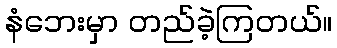
နံဘေးမှာ တည်ခဲ့ကြတယ်။